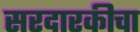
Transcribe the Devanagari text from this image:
सरदारकीचा